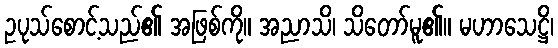
ဥပုသ်စောင့်သည်၏ အဖြစ်ကို။ အညာသိ၊ သိတော်မူ၏။ မဟာသေဋ္ဌိ၊